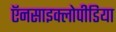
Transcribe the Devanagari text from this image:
ऍनसाइक्लोपीडिया